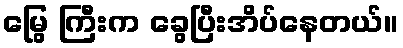
မြွေ ကြီးက ခွေပြီးအိပ်နေတယ်။